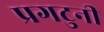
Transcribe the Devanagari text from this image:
प्रगटुनी